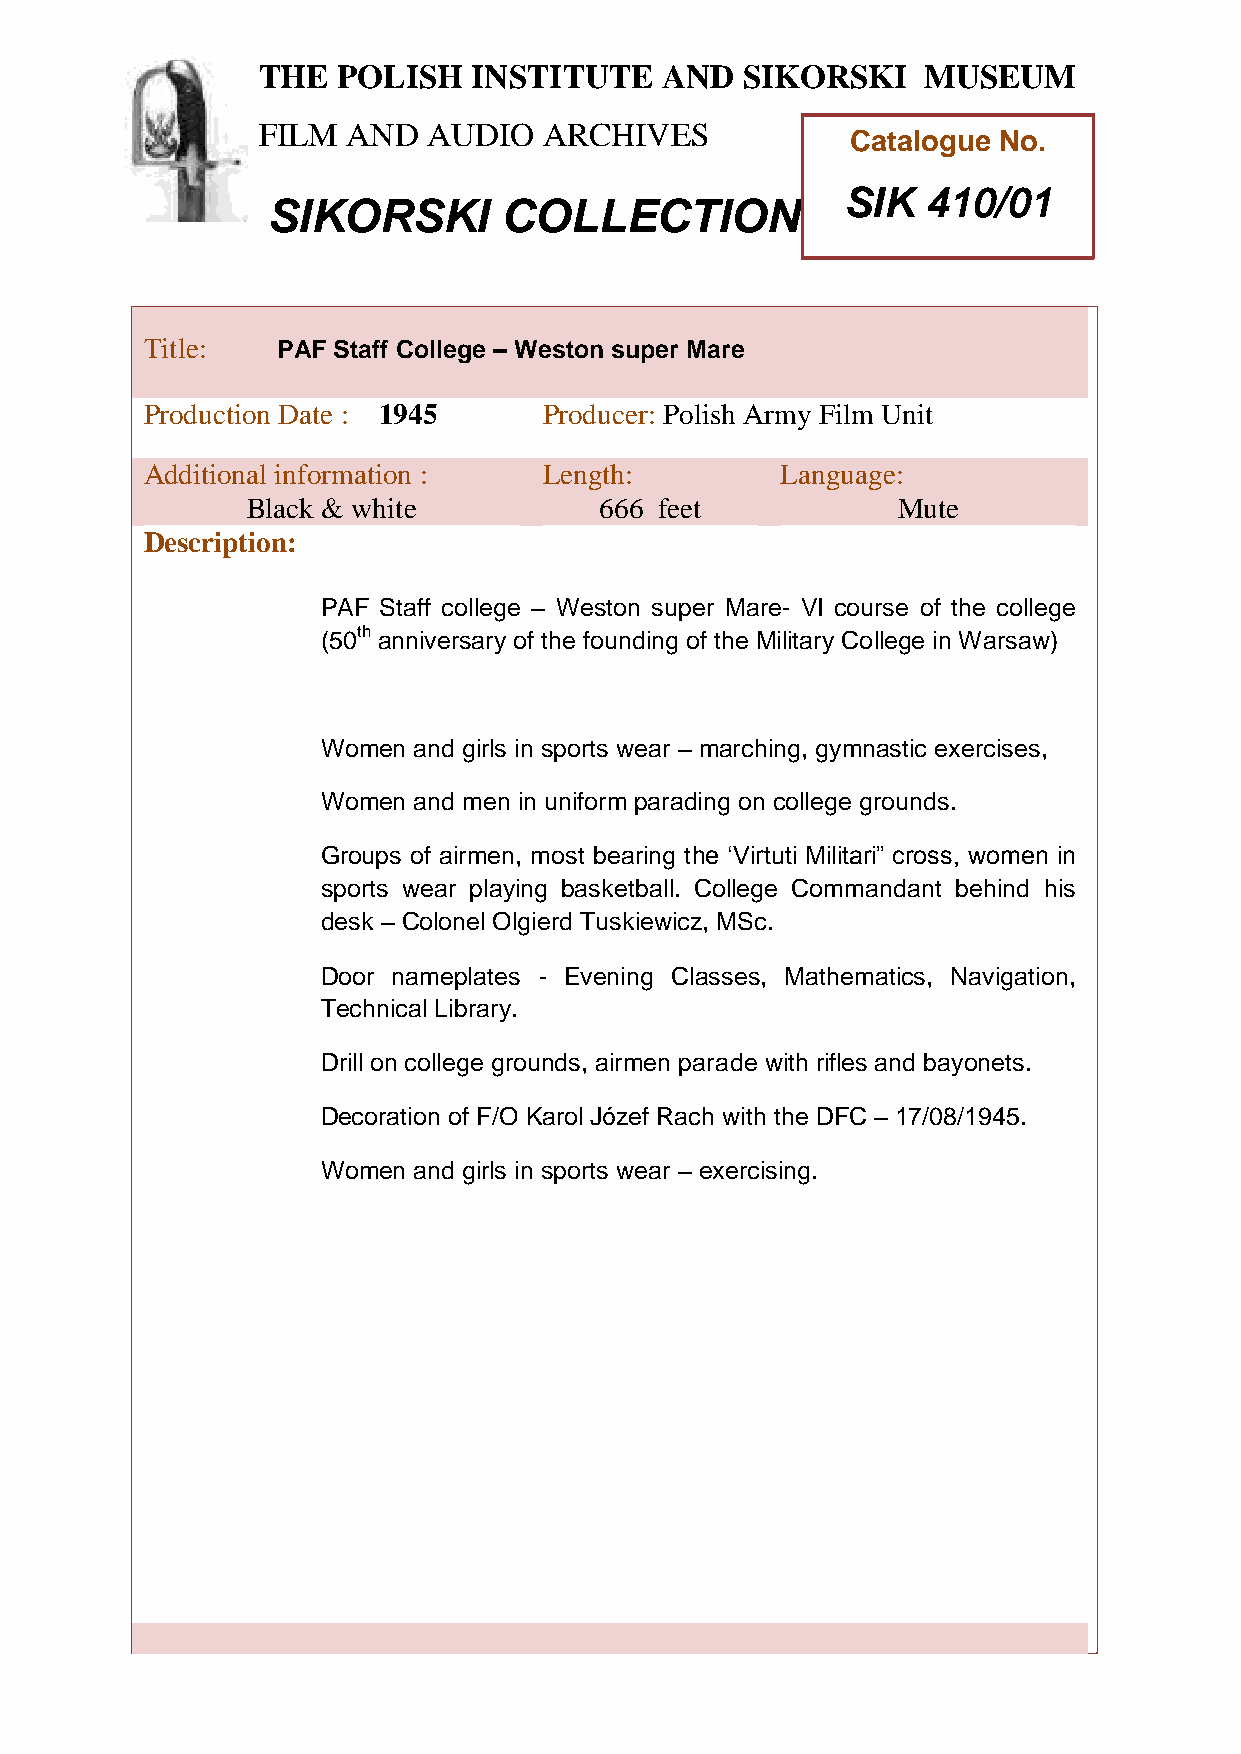
THE  POLISH   INSTITUTE    AND  SIKORSKI    MUSEUM
 FILM  AND  AUDIO   ARCHIVES
 Catalogue No.
 SIK  410/01
 SIKORSKI       COLLECTION
 TTitle:     PAF Staff College – Weston super Mare
 h
 Peroduction Date : 1945    Producer: Polish Army Film Unit
 AddiPtional information :  Length:         Language:
 oBlack & white           666 feet           Mute
 l
 i
 Description:
 s
 h
 PAF Staff college – Weston super Mare- VI course of the college
 (50Ith
 anniversary of the founding of the Military College in Warsaw)
 n
 s
 t
 i
 Women andt girls in sports wear – marching, gymnastic exercises,
 u
 Women and ment in uniform parading on college grounds.
 e
 Groups of airmen, most bearing the ‘Virtuti Militari” cross, women in
 a
 sports wear playing basketball. College Commandant behind his
 desk – Colonel Olgierd Tnuskiewicz, MSc.
 d
 Door nameplates - Evening Classes, Mathematics, Navigation,
 Technical Library.     S
 i
 k
 Drill on college grounds, airmen parade with rifles and bayonets.
 o
 r
 Decoration of F/O Karol Józef Rach with the DFC – 17/08/1945.
 s
 Women and girls in sports wear – exercisingk.
 i
 M
 u
 s
 e
 u
 m